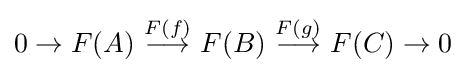
0\to F(A)\ {\stackrel {F(f)}{\longrightarrow }}\ F(B)\ {\stackrel {F(g)}{\longrightarrow }}\ F(C)\to 0